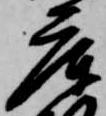
庫